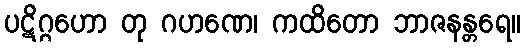
ပဋိဂ္ဂဟော တု ဂဟဏေ၊ ကထိတော ဘာဇနန္တရေ။